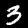
Digit: 3